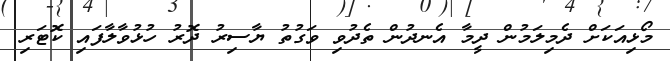
މޯޅިއަކަށް ދެމިލަމުން ދީމާ އެނދުން ތެދުވި ވަގުތު ޔާސިރު ދޮރު ހުޅުވާލާފައި ކޮޓަރި